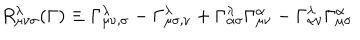
LaTeX: R _ { \mu \nu \sigma } ^ { \lambda } ( \Gamma ) \equiv \Gamma _ { \mu \nu , \sigma } ^ { \lambda } - \Gamma _ { \mu \sigma , \nu } ^ { \lambda } + \Gamma _ { \alpha \sigma } ^ { \lambda } \Gamma _ { \mu \nu } ^ { \alpha } - \Gamma _ { \alpha \nu } ^ { \lambda } \Gamma _ { \mu \sigma } ^ { \alpha }